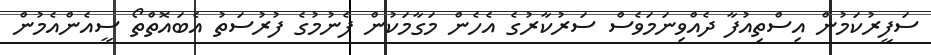
ސަފީރުކަމުން އިސްތިއުފާ ދެއްވިނަމަވެސް ސަރުކާރުގެ އެހެން މަގާމަކުން ފެނުމުގެ ފުރުސަތު އެބައޮތްތޯ ސީއެންއެމުން